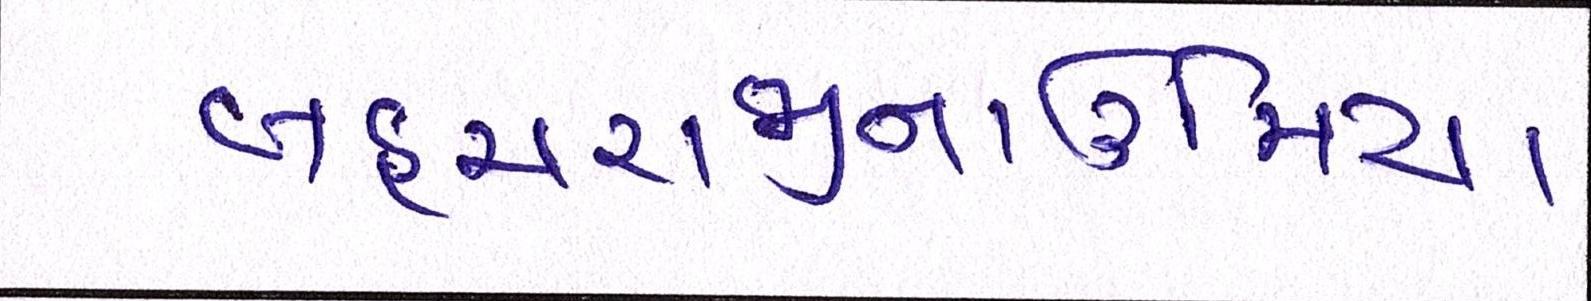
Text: બહુચરાજીનાઉમિયા